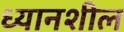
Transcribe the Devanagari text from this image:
ध्यानशील